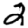
Digit: 2